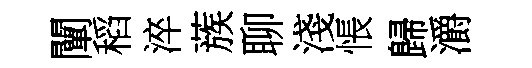
闡稻淬蔟聊淺悵歸灂